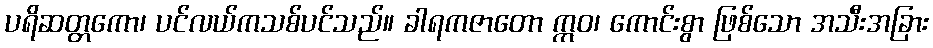
ပရိဆတ္တကော၊ ပင်လယ်ကသစ်ပင်သည်။ ခါရကဇာတော ဣဝ၊ ကောင်းစွာ ဖြစ်သော အသီးအခြား